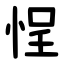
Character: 悜